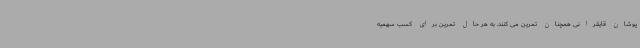
پوشان قایقرانی همچنان تمرین می کنند. به هر حال تمرین برای کسب سهمیه